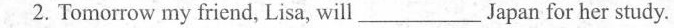
2.Tomorrow my friend, Lisa, will___Japan for her study.